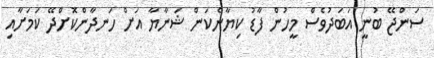
ސަންޖޭ ބުނީ އަބަދުވެސް މީހުން ފާޑު ކިޔާނެކަން ޝަނާޔާ އަށް ހަނދާންކޮށްދޭ ކަމަށާއި